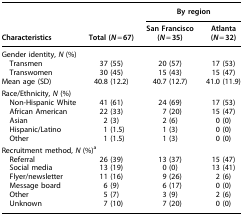
<table><thead><tr><td><b> </b></td><td><b> </b></td><td colspan="2"><b>By region</b></td></tr><tr><td><b>Characteristics</b></td><td><b>Total (<i>N</i>=67)</b></td><td><b>San Francisco (<i>N</i>=35)</b></td><td><b>Atlanta (<i>N</i>=32)</b></td></tr></thead><tbody><tr><td colspan="4">Gender identity, <i>N</i> (%)</td></tr><tr><td> Transmen</td><td>37 (55)</td><td>20 (57)</td><td>17 (53)</td></tr><tr><td> Transwomen</td><td>30 (45)</td><td>15 (43)</td><td>15 (47)</td></tr><tr><td>Mean age (SD)</td><td>40.8 (12.2)</td><td>40.7 (12.7)</td><td>41.0 (11.9)</td></tr><tr><td colspan="4">Race/Ethnicity, <i>N</i> (%)</td></tr><tr><td> Non-Hispanic White</td><td>41 (61)</td><td>24 (69)</td><td>17 (53)</td></tr><tr><td> African American</td><td>22 (33)</td><td>7 (20)</td><td>15 (47)</td></tr><tr><td> Asian</td><td>2 (3)</td><td>2 (6)</td><td>0 (0)</td></tr><tr><td> Hispanic/Latino</td><td>1 (1.5)</td><td>1 (3)</td><td>0 (0)</td></tr><tr><td> Other</td><td>1 (1.5)</td><td>1 (3)</td><td>0 (0)</td></tr><tr><td colspan="4">Recruitment method, <i>N</i> (%)<sup>a</sup></td></tr><tr><td> Referral</td><td>26 (39)</td><td>13 (37)</td><td>15 (47)</td></tr><tr><td> Social media</td><td>13 (19)</td><td>0 (0)</td><td>13 (41)</td></tr><tr><td> Flyer/newsletter</td><td>11 (16)</td><td>9 (26)</td><td>2 (6)</td></tr><tr><td> Message board</td><td>6 (9)</td><td>6 (17)</td><td>0 (0)</td></tr><tr><td> Other</td><td>5 (7)</td><td>3 (9)</td><td>2 (6)</td></tr><tr><td> Unknown</td><td>7 (10)</td><td>7 (20)</td><td>0 (0)</td></tr></tbody></table>